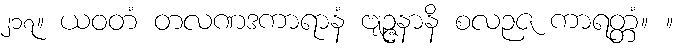
၂၁၇။ ယဝတံ တလဏဒကာရာနံ ဗျဉ္ဇနာနိ စလဉဇ ကာရတ္တံ။ ။